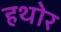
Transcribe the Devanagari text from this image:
हथोर